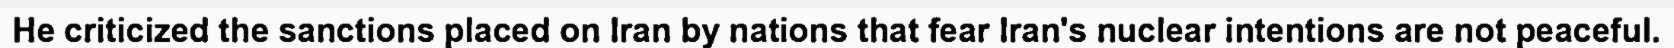
He criticized the sanctions placed on Iran by nations that fear Iran's nuclear intentions are not peaceful.